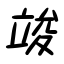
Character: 竣